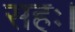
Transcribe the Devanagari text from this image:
सहः।